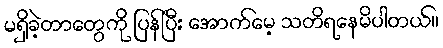
မရှိခဲ့တာတွေကို ပြန်ပြီး အောက်မေ့ သတိရနေမိပါတယ်။